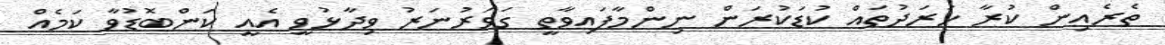
ތެރެއިން ކުރާ ހަރަދުތައް ކުޑަކުރަން ނިންމާފައިވާތީ ގަވަރުނަރު ވިދާޅުވީ އެއީ ކަންބޮޑުވާ ކަމެއް